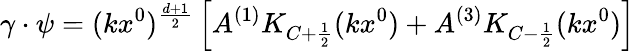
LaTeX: \gamma\cdot\psi=(kx^{0})^{\frac{d+1}{2}}\left[A^{(1)}K_{C+\frac{1}{2}}(kx^{0})+A^{(3)}K_{C-\frac{1}{2}}(kx^{0})\right]